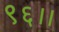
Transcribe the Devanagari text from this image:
९६।।